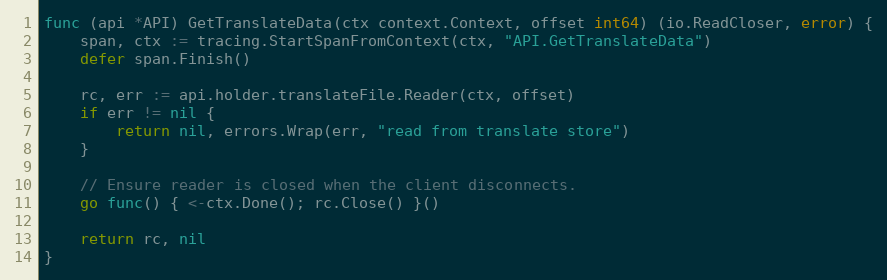
Language: Go
func (api *API) GetTranslateData(ctx context.Context, offset int64) (io.ReadCloser, error) {
	span, ctx := tracing.StartSpanFromContext(ctx, "API.GetTranslateData")
	defer span.Finish()

	rc, err := api.holder.translateFile.Reader(ctx, offset)
	if err != nil {
		return nil, errors.Wrap(err, "read from translate store")
	}

	// Ensure reader is closed when the client disconnects.
	go func() { <-ctx.Done(); rc.Close() }()

	return rc, nil
}